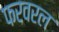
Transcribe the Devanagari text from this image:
फरवरल